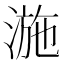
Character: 湤